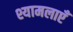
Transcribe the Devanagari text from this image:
श्यामलाएँ